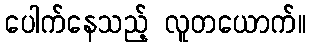
ပေါက်နေသည့် လူတယောက်။